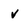
Character: v